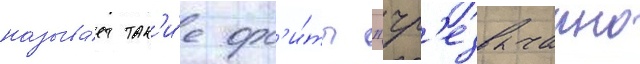
называ́ет так'и́е орб'и́ты "чр'езвычаино